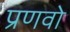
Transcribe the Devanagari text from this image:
प्रणवो